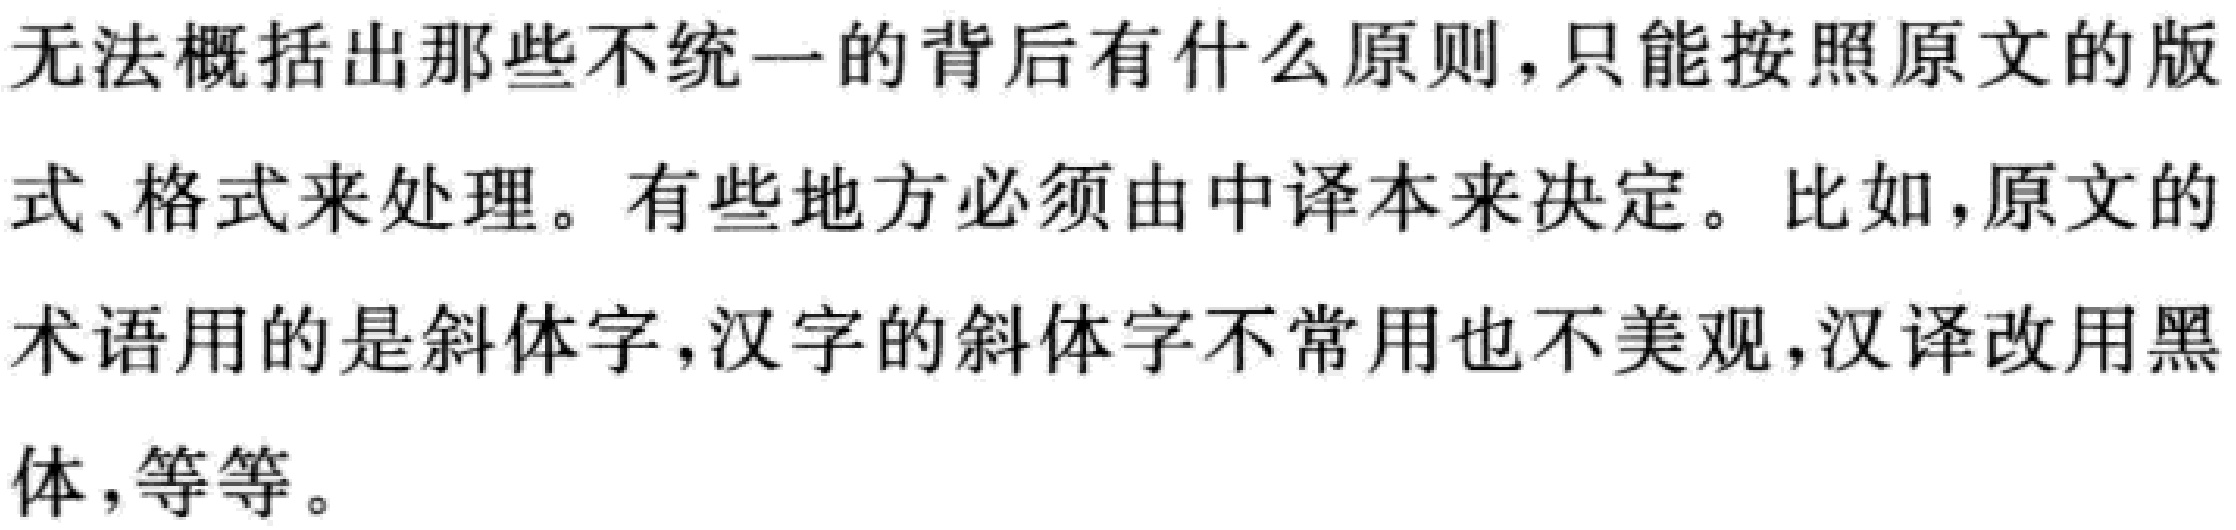
无法概括出那些不统一的背后有什么原则，只能按照原文的版式、格式来处理。有些地方必须由中译本来决定。比如，原文的术语用的是斜体字，汉字的斜体字不常用也不美观，汉译改用黑体，等等。